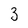
Character: 3